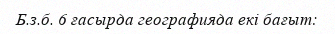
Б.з.б. 6 ғасырда географияда екі бағыт: